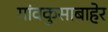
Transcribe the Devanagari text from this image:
गांवकुसाबाहेर